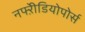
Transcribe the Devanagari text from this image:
नफ्ऱेीडियोपोर्स